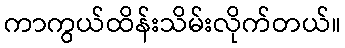
ကာကွယ်ထိန်းသိမ်းလိုက်တယ်။